On the importance of larval characters in the classification of mosquitoes - Number 25
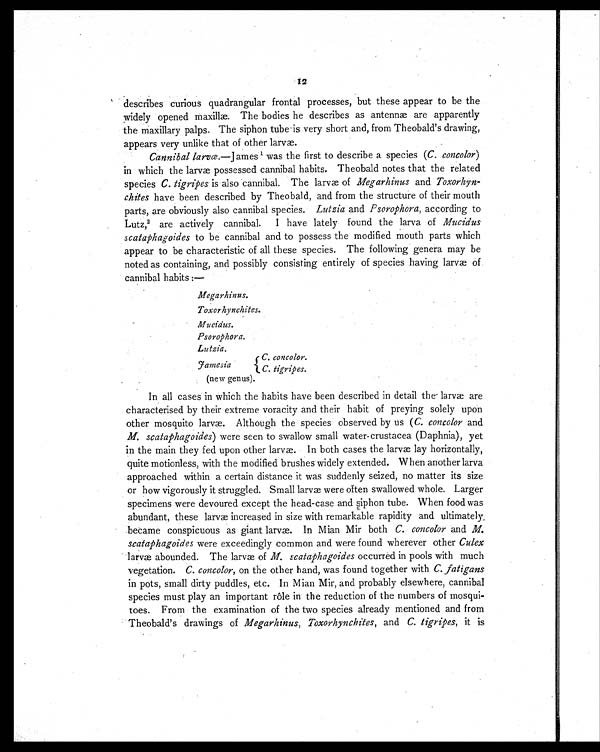
12
describes curious quadrangular frontal processes, but these appear to be the
widely opened maxillæ. The bodies he describes as antennæ are apparently
the maxillary palps. The siphon tube is very short and, from Theobald's drawing,
appears very unlike that of other larvæ.
Cannibal larvæ. —James 1 was the first to describe a species ( C. concolor)
in which the larvæ possessed cannibal habits. Theobald notes that the related
species C. tigripes is also cannibal. The larvæ of Megarhinus and Toxorhyn-
chites have been described by Theobald, and from the structure of their mouth
parts, are obviously also cannibal species. Lutzia and Psorophora, according to
Lutz,2 are actively cannibal. I have lately found the larva of Mucidus
scataphagoides to be cannibal and to possess the modified mouth parts which
appear to be characteristic of all these species. The following genera may be
noted as containing, and possibly consisting entirely of species having larvæ of
cannibal habits :—
Megarhinus.
Toxorhynchites.
Mucidus.
Psorophora.
Lutzia.
Jamesia
C. concolor.
C. tigripes.
(new genus).
In all cases in which the habits have been described in detail the larvæ are
characterised by their extreme voracity and their habit of preying solely upon
other mosquito larvæ. Although the species observed by us ( C. concolor and
M. scataphagoides) were seen to swallow small water-crustacea (Daphnia), yet
in the main they fed upon other larvæ. In both cases the larvæ lay horizontally,
quite motionless, with the modified brushes widely extended. When another larva
approached within a certain distance it was suddenly seized, no matter its size
or how vigorously it struggled. Small larvæ were often swallowed whole. Larger
specimens were devoured except the head-case and siphon tube. When food was
abundant, these larvæ increased in size with remarkable rapidity and ultimately
became conspicuous as giant larvæ. In Mian Mir both C. concolor and M.
scataphagoides were exceedingly common and were found wherever other Culex
larvæ abounded. The larvæ of M. scataphagoides occurred in pools with much
vegetation. C. concolor, on the other hand, was found together with C. fatigans
in pots, small dirty puddles, etc. In Mian Mir, and probably elsewhere, cannibal
species must play an important rôle in the reduction of the numbers of mosqui-
toes. From the examination of the two species already mentioned and from
Theobald's drawings of Megarhinus, Toxorhynchites, and C. tigripes, it is